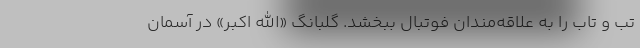
تب و تاب را به علاقه‌مندان فوتبال ببخشد. گلبانگ «الله اکبر» در آسمان